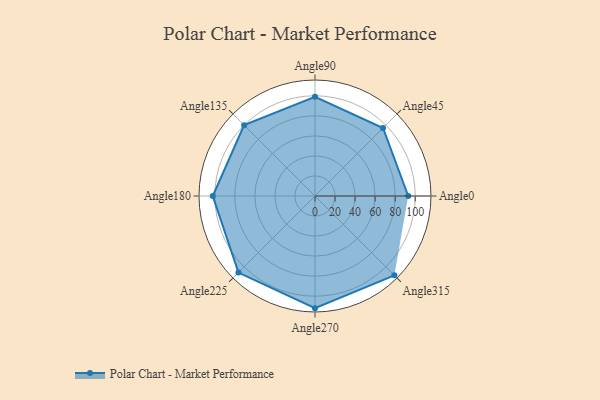
{"axis": {"x": "Angle", "y": "Radius"}, "legend": [""], "data": [{"x": "Angle0", "y": 93.0, "type": ""}, {"x": "Angle45", "y": 96.0, "type": ""}, {"x": "Angle90", "y": 99.0, "type": ""}, {"x": "Angle135", "y": 100.0, "type": ""}, {"x": "Angle180", "y": 102.0, "type": ""}, {"x": "Angle225", "y": 108.0, "type": ""}, {"x": "Angle270", "y": 112.0, "type": ""}, {"x": "Angle315", "y": 112.0, "type": ""}]}